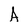
Character: A